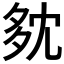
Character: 𡖓